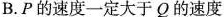
B.P的速度一定大于Q的速度